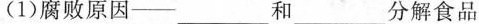
(1)腐败原因——___ 和 ___分解食品